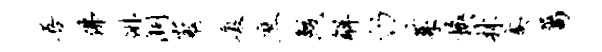
吾佛徘洞嵬厦庶鲛解仍茱换林熹属